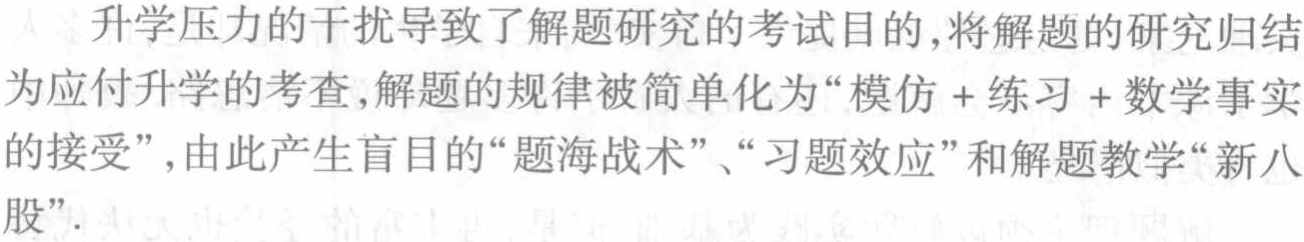
升学压力的干扰导致了解题研究的考试目的,将解题的研究归结为应付升学的考查,解题的规律被简单化为“模仿 + 练习 + 数学事实的接受”,由此产生盲目的“题海战术”、“习题效应”和解题教学“新八股”.